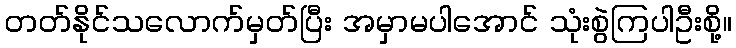
တတ်နိုင်သလောက်မှတ်ပြီး အမှာမပါအောင် သုံးစွဲကြပါဦးစို့။